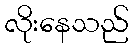
လိုးနေသည်